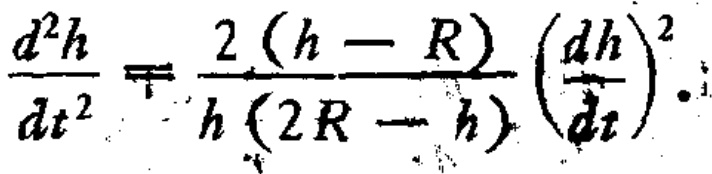
\(\frac{d^{2}h}{dt^{2}}=\frac{2(h - R)}{h(2R - h)}\left(\frac{dh}{dt}\right)^{2}\)